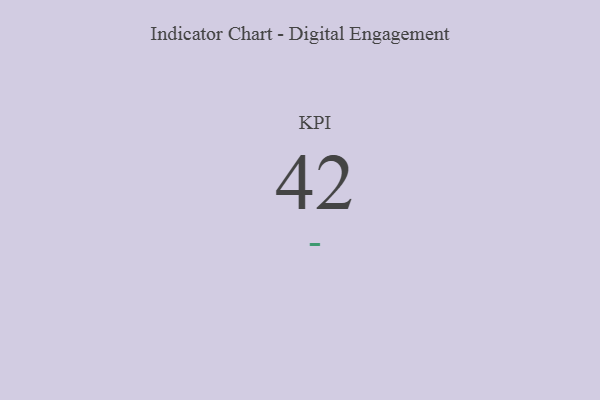
{"axis": {"x": "KPI", "y": "Value"}, "legend": [""], "data": [{"x": "KPI", "y": 42, "type": ""}]}